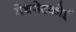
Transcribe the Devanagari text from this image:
मेथमेटकोई